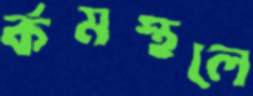
র্কমস্থলে